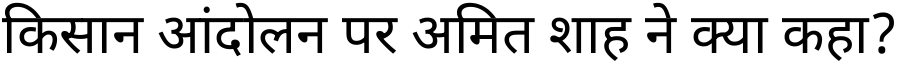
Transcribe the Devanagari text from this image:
किसान आंदोलन पर अमित शाह ने क्या कहा?